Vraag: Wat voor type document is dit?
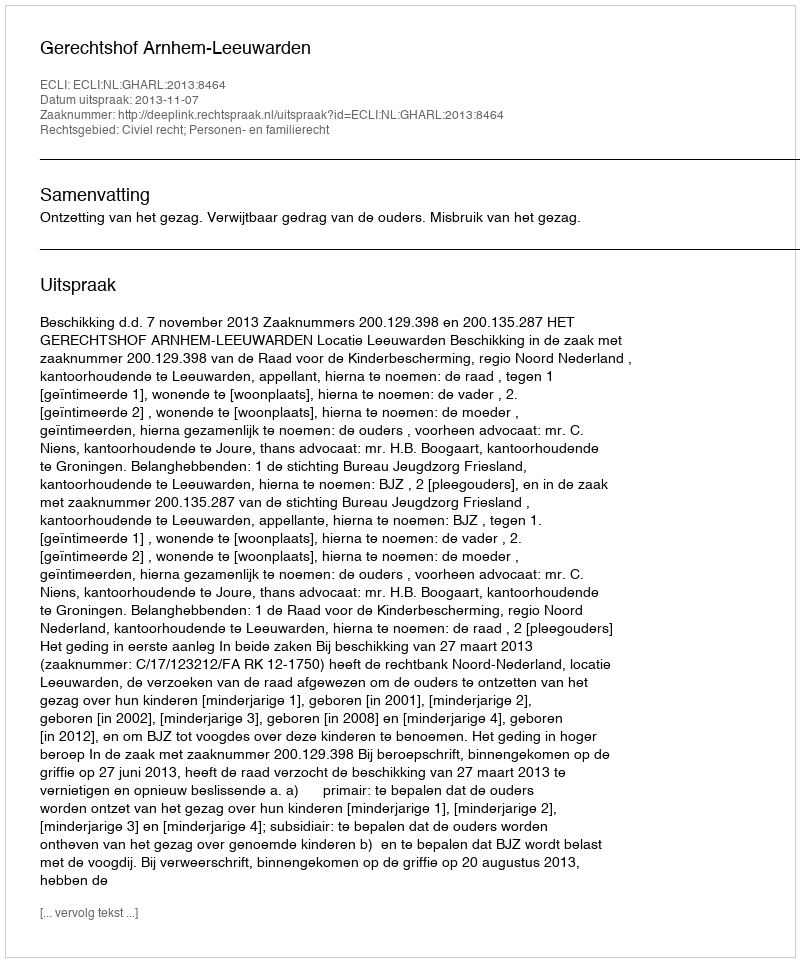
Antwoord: Uitspraak